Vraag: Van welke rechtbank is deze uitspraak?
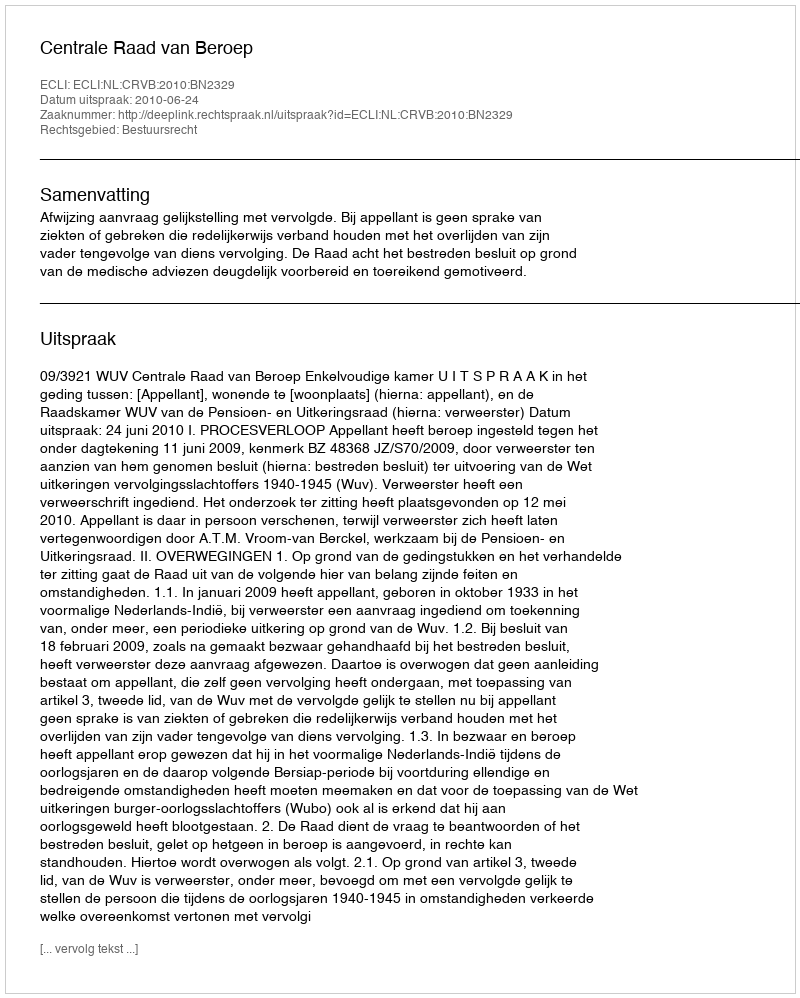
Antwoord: Centrale Raad van Beroep